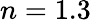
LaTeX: n=1.3